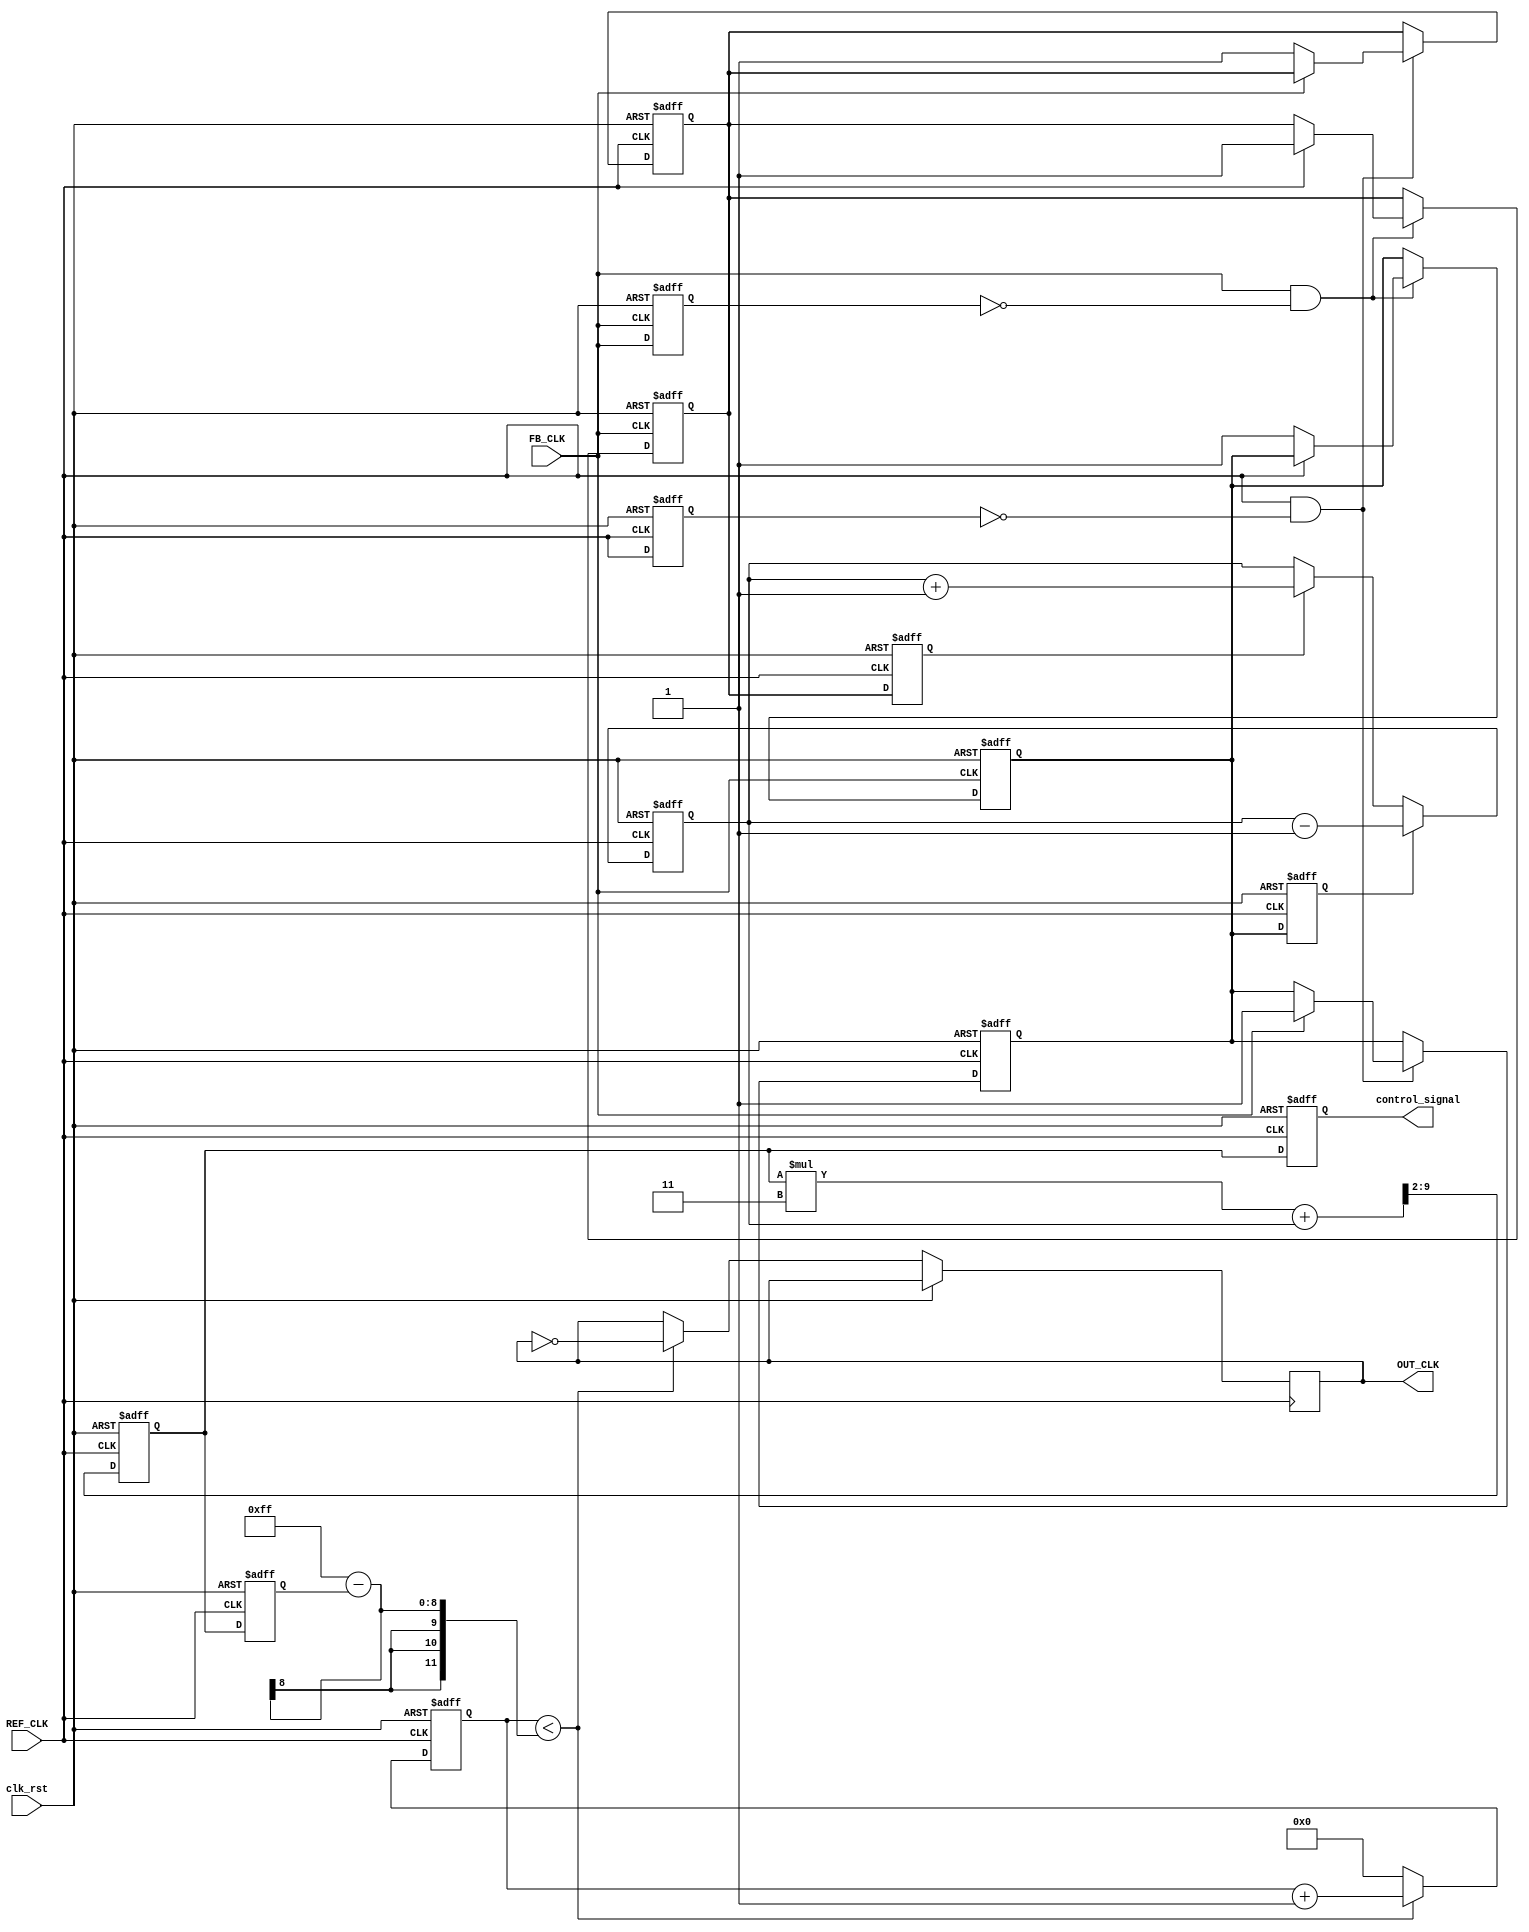
module dual_loop_pll (
    input wire REF_CLK,          // Reference clock input
    input wire FB_CLK,           // Feedback clock input
    input wire clk_rst,          // Reset signal
    output wire OUT_CLK,         // Output clock
    output reg [7:0] control_signal // For debugging/monitoring control signal
);

// ---------------------- Phase-Frequency Detector (PFD) ----------------------
reg UP, DOWN;
reg ref_clk_prev, fb_clk_prev;

always @(posedge REF_CLK or posedge clk_rst) begin
    if (clk_rst) begin
        UP <= 0;
        DOWN <= 0;
        ref_clk_prev <= 0;
    end else begin
        if (REF_CLK && !ref_clk_prev) begin // Rising edge of REF_CLK
            if (!FB_CLK)
                UP <= 1;
            else
                DOWN <= 1;
        end
        ref_clk_prev <= REF_CLK;
    end
end

always @(posedge FB_CLK or posedge clk_rst) begin
    if (clk_rst) begin
        UP <= 0;
        DOWN <= 0;
        fb_clk_prev <= 0;
    end else begin
        if (FB_CLK && !fb_clk_prev) begin // Rising edge of FB_CLK
            if (!REF_CLK)
                DOWN <= 1;
            else
                UP <= 1;
        end
        fb_clk_prev <= FB_CLK;
    end
end

// ---------------------- Charge Pump (CP) ----------------------
reg charge_pump_up, charge_pump_down;

always @(posedge REF_CLK or posedge clk_rst) begin
    if (clk_rst) begin
        charge_pump_up <= 0;
        charge_pump_down <= 0;
    end else begin
        charge_pump_up <= UP;
        charge_pump_down <= DOWN;
    end
end

// ---------------------- Loop Filter (Simple Implementation) ----------------------
reg [7:0] fast_filter, slow_filter;
always @(posedge REF_CLK or posedge clk_rst) begin
    if (clk_rst) begin
        fast_filter <= 8'd0;
        slow_filter <= 8'd0;
    end else begin
        if (charge_pump_up) fast_filter <= fast_filter + 1; // Increase fast filter
        if (charge_pump_down) fast_filter <= fast_filter - 1; // Decrease fast filter
        slow_filter <= (slow_filter * 3 + fast_filter) >> 2; // Simple averaging for slow filter
    end
end

// ---------------------- Voltage-Controlled Oscillator (VCO) ----------------------
reg [7:0] vco_control_voltage;
reg [11:0] vco_counter;

always @(posedge REF_CLK or posedge clk_rst) begin
    if (clk_rst) begin
        vco_control_voltage <= 8'd0;
        vco_counter <= 12'd0;
    end else begin
        vco_control_voltage <= slow_filter; // Control voltage is set to slow filter
        // Generate output clock based on control voltage
        // Assuming a simple frequency scaling
        if (vco_counter < (8'd255 - vco_control_voltage)) begin
            OUT_CLK <= ~OUT_CLK; // Toggle output clock
            vco_counter <= vco_counter + 1;
        end else begin
            vco_counter <= 12'd0; // Reset counter
        end
    end
end

// ---------------------- Debug/Monitor Control Signal ----------------------
always @(posedge REF_CLK or posedge clk_rst) begin
    if (clk_rst) begin
        control_signal <= 8'd0;
    end else begin
        control_signal <= slow_filter; // For debugging purposes
    end
end

endmodule